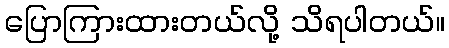
ပြောကြားထားတယ်လို့ သိရပါတယ်။